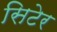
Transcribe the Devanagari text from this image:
सिटेर